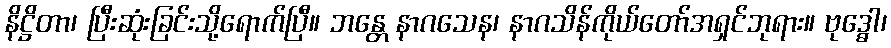
နိဋ္ဌိတာ၊ ပြီးဆုံးခြင်းသို့ရောက်ပြီ။ ဘန္တေ နာဂသေန၊ နာဂသိန်ကိုယ်တော်အရှင်ဘုရား။ ဗုဒ္ဓေါ၊